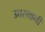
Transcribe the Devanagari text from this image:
उच्चस्थानी